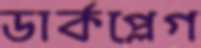
ডার্কপ্লেগ